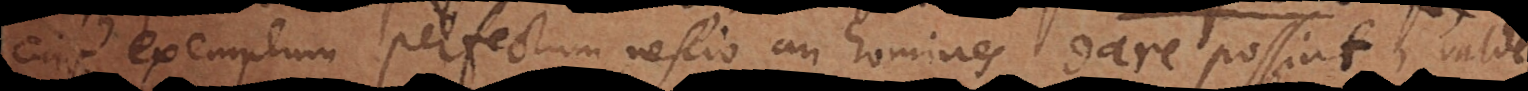
cujus exemplum perfectum nescio an homines dare possint; valde